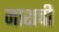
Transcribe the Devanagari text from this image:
नाशची